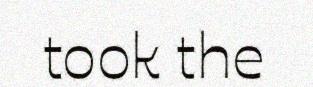
took the